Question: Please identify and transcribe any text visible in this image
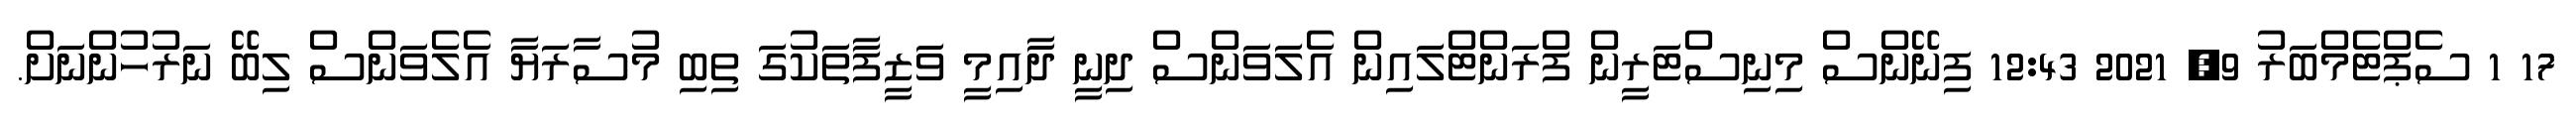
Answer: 17 1 ސެޕްޓެމްބަރު 9, 2021 12:43 ފިނޭންސް މިނިސްޓަރީން ފްރަންޓްލައިން އެލަވަންސް ދިނީ ދާއިމީ ވަޒީފާތަކުގަ ތިބި މުސާރަޔާ އެލެވަންސް ލިބޭ ނަރުހުންނަށް.